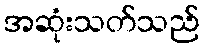
အဆုံးသတ်သည်